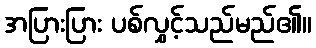
အပြားပြား ပစ်လွှင့်သည်မည်၏။